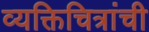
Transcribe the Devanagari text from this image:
व्यक्तिचित्रांची